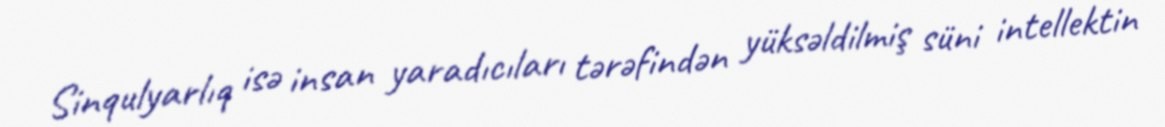
Sinqulyarlıq isə insan yaradıcıları tərəfindən yüksəldilmiş süni intellektin